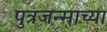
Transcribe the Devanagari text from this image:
पुत्रजन्माच्या